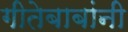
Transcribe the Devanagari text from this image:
गीतेबाबांनी